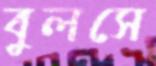
বুলসে